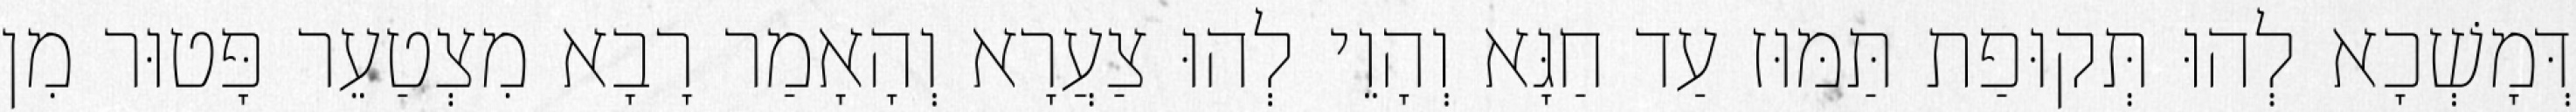
דְּמָשְׁכָא לְהוּ תְּקוּפַת תַּמּוּז עַד חַגָּא וְהָוֵי לְהוּ צַעֲרָא וְהָאָמַר רָבָא מִצְטַעֵר פָּטוּר מִן